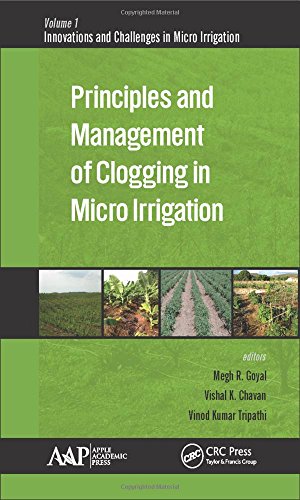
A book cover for Principles and Management of Clogging in Micro Irrigation (Innovations and Challenges in Micro Irrigation); Science & Math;